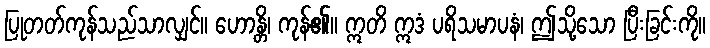
ပြုတတ်ကုန်သည်သာလျှင်။ ဟောန္တိ၊ ကုန်၏။ ဣတိ ဣဒံ ပရိသမာပနံ၊ ဤသို့သော ပြီးခြင်းကို။